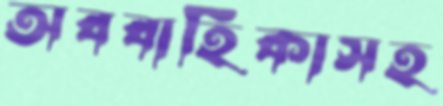
অববাহিকাসহ